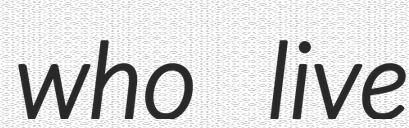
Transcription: who live